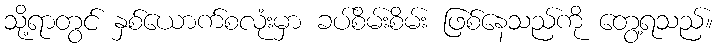
သို့ရာတွင် နှစ်ယောက်စလုံးမှာ ခပ်စိမ်းစိမ်း ဖြစ်နေသည်ကို တွေ့ရသည်။